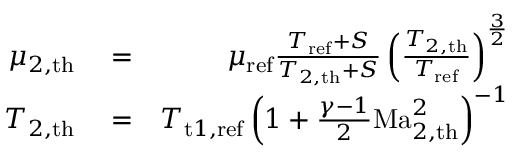
\begin{array} { r l r } { \mu _ { { 2 , \mathrm { t h } } } } & { { } = } & { \mu _ { \mathrm { r e f } } \frac { T _ { \mathrm { r e f } } + S } { T _ { 2 , \mathrm { t h } } + S } \left( \frac { T _ { 2 , \mathrm { t h } } } { T _ { \mathrm { r e f } } } \right) ^ { \frac 3 2 } } \\ { T _ { { 2 , \mathrm { t h } } } } & { { } = } & { T _ { \mathrm { t } 1 , \mathrm { r e f } } \left( 1 + \frac { \gamma - 1 } { 2 } \mathrm { M a } _ { 2 , \mathrm { t h } } ^ { 2 } \right) ^ { - 1 } } \end{array}